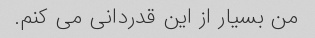
من بسیار از این قدردانی می کنم.